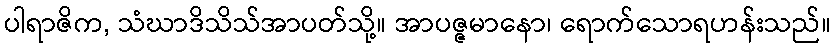
ပါရာဇိက, သံဃာဒိသိသ်အာပတ်သို့။ အာပဇ္ဇမာနော၊ ရောက်သောရဟန်းသည်။